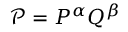
\mathcal { P } = P ^ { \alpha } Q ^ { \beta }